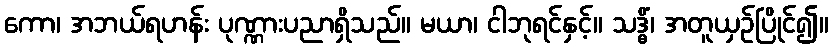
ကော၊ အဘယ်ရဟန်း ပုဏ္ဏားပညာရှိသည်။ မယာ၊ ငါဘုရင်နှင့်။ သဒ္ဓိံ၊ အတူယှဉ်ပြိုင်၍။